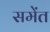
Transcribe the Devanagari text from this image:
समेंत